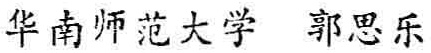
华南师范大学 郭思乐